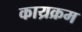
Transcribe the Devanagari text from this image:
काय्रक्रम